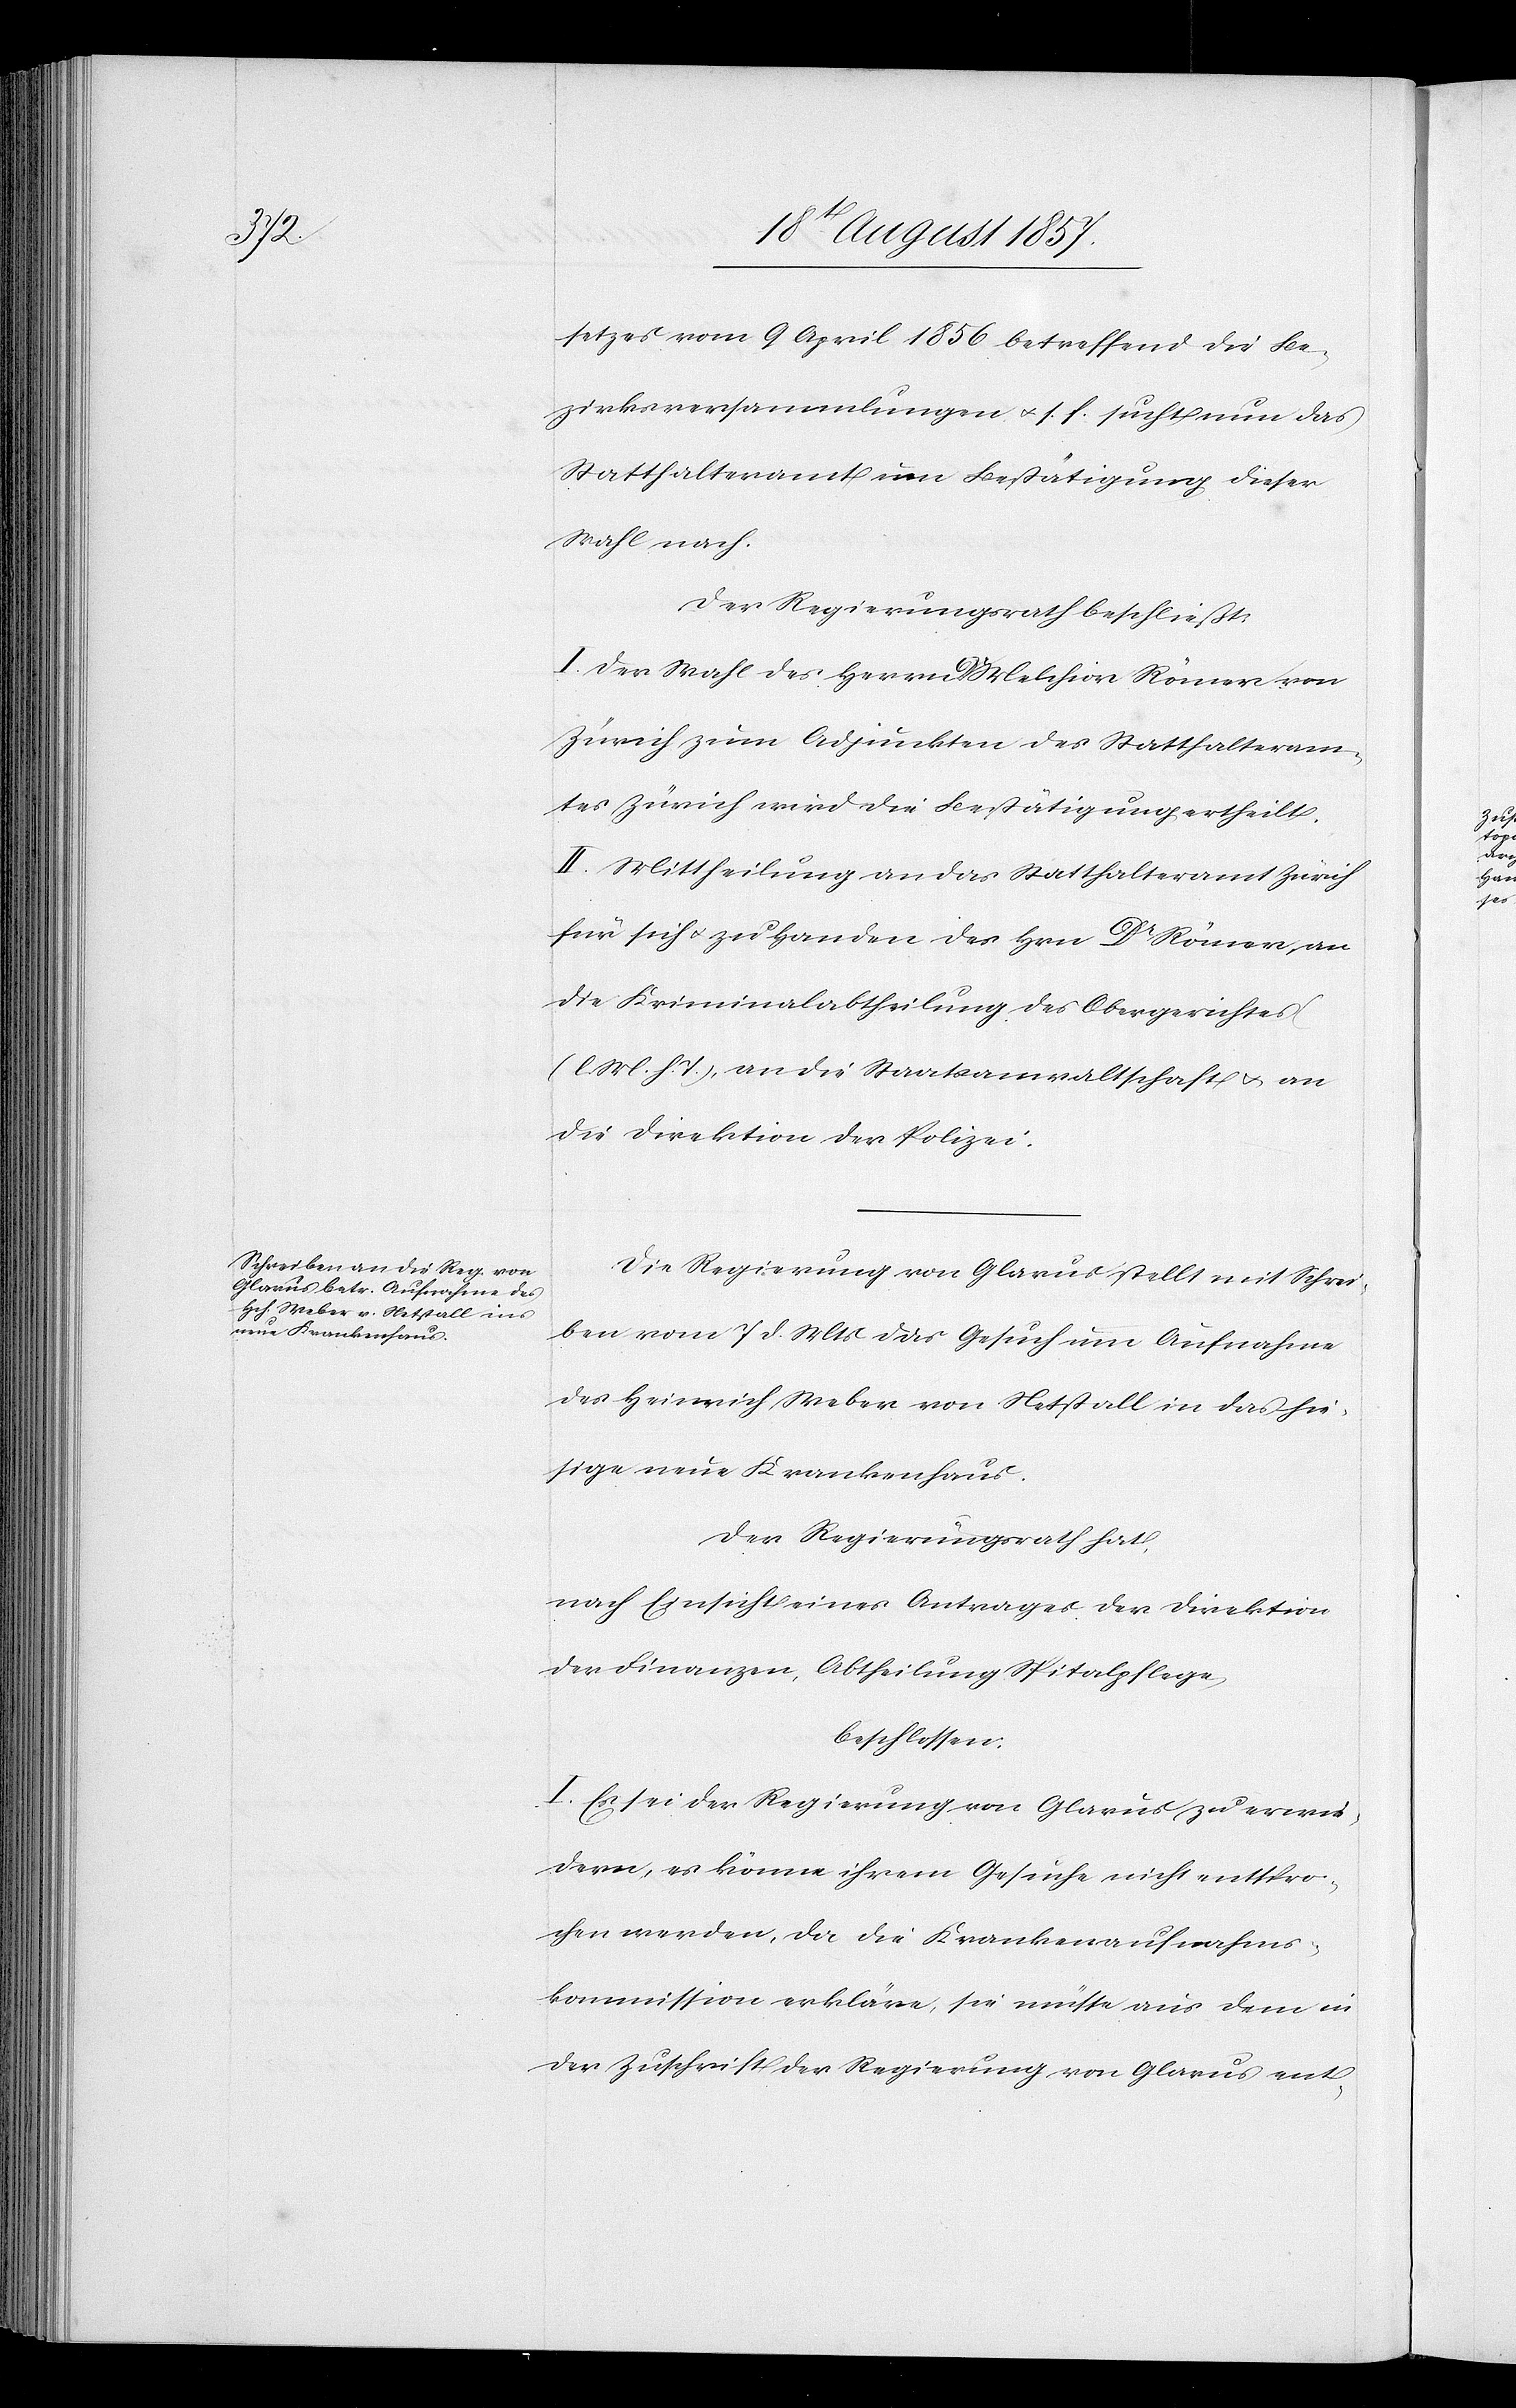
setzes vom 9 April 1856 betreffend die Be¬
zirksversammlungen &. s. f. sucht nun das
Statthalteramt eine Bestätigung dieser
Wahl nach.
Der Regierungsrath beschließt:
I. Der Wahl des Herrn Melchior Römer von
Zürich zum Adjunkten des Statthalteram¬
tes Zürich wird die Bestätigung ertheilt.
II. Mittheilung an das Statthalteramt Zürich
für sich & zu Handen der Hrn. Dr Römer[,] an
die Kriminalabtheilung des Obergerichtes
[l. M. h. T][,] an die Staatsanwaltschaft & an
die Direktion der Polizei.
Die Regierung von Glarus stellt mit Schrei¬
ben vom 7 d. Mts. das Gesuch um Aufnahme
des Heinrich Weber von Netstall in das hie¬
sige neue Krankenhaus.
Der Regierungsrath hat,
nach Einsicht eines Antrages der Direktion
der Finanzen, Abtheilung Spitalpflege,
beschlossen:
I. Es sei der Regierung von Glarus zu erwie¬
dern, es könne ihrem Gesuche nicht entspro¬
chen werden, da die Krankenaufnahms¬
kommission erkläre, sie müsse aus dem in
der Zuschrift der Regierung von Glarus ent-